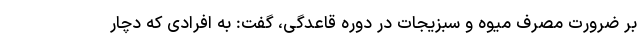
بر ضرورت مصرف میوه و سبزیجات در دوره قاعدگی، گفت: به افرادی که دچار